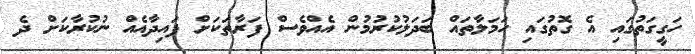
ހަގީގަތުގައި އެ ގޮތުގައި ހަމަލާތައް ބަދަލުކުރުމުން އެއްވެސް ފަރާތަކަށް ފައިދާއެއް ނުކުރާކަށް ދެ